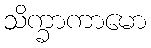
သိက္ခာကာမော